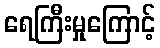
ရေကြီးမှုကြောင့်